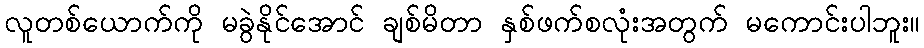
လူတစ်ယောက်ကို မခွဲနိုင်အောင် ချစ်မိတာ နှစ်ဖက်စလုံးအတွက် မကောင်းပါဘူး။